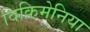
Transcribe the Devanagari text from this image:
विकिमेनिया